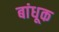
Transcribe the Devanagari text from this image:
बांधूक